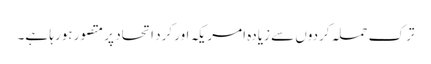
ترک حملہ کردوں سے زیادہ امریکہ اور کرد اتحاد پر متصور ہورہا ہے۔